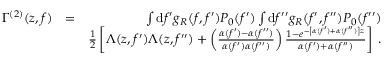
\begin{array} { r l r } { \Gamma ^ { ( 2 ) } ( z , f ) } & { = } & { \int \mathrm { d } f ^ { \prime } g _ { R } ( f , f ^ { \prime } ) P _ { 0 } ( f ^ { \prime } ) \int \mathrm { d } f ^ { \prime \prime } g _ { R } ( f ^ { \prime } , f ^ { \prime \prime } ) P _ { 0 } ( f ^ { \prime \prime } ) } \\ & { } & { \frac { 1 } { 2 } \left[ \Lambda ( z , f ^ { \prime } ) \Lambda ( z , f ^ { \prime \prime } ) + \left( \frac { \alpha ( f ^ { \prime } ) - \alpha ( f ^ { \prime \prime } ) } { \alpha ( f ^ { \prime } ) \alpha ( f ^ { \prime \prime } ) } \right) \frac { 1 - e ^ { - \left[ \alpha ( f ^ { \prime } ) + \alpha ( f ^ { \prime \prime } ) \right] z } } { \alpha ( f ^ { \prime } ) + \alpha ( f ^ { \prime \prime } ) } \right] \: . } \end{array}